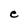
Character: e